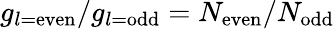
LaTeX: g_{l=\mathrm{even}}/g_{l=\mathrm{odd}}=N_{\mathrm{even}}/N_{\mathrm{odd}}